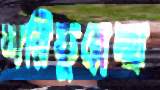
শরিফুন্নেচ্ছা